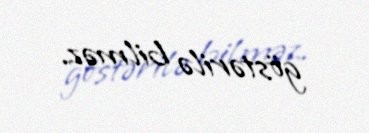
göstərilə bilməz.